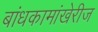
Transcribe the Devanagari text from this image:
बांधकामांखेरीज